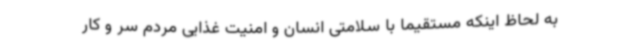
به لحاظ اینکه مستقیماً با سلامتی انسان و امنیت غذایی مردم سر و کار